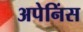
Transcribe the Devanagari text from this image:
अपेनिंस